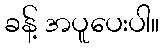
ခန့် အပူပေးပါ။